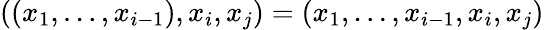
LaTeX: ((x_{1},\dots,x_{i-1}),x_{i},x_{j})=(x_{1},\dots,x_{i-1},x_{i},x_{j})